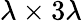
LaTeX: \lambda\times 3\lambda